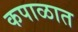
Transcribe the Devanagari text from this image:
कपाळात